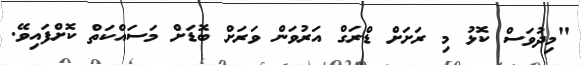
"މިދުވަސް ކޮޅު މި ރަށަށް ޑްރަގް އަރުވަން ވަރަށް ބޮޑަށް މަސައްކަތް ކޮށްފައިވޭ.